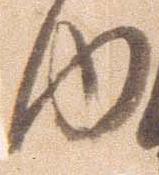
内